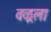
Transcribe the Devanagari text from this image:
वळूला